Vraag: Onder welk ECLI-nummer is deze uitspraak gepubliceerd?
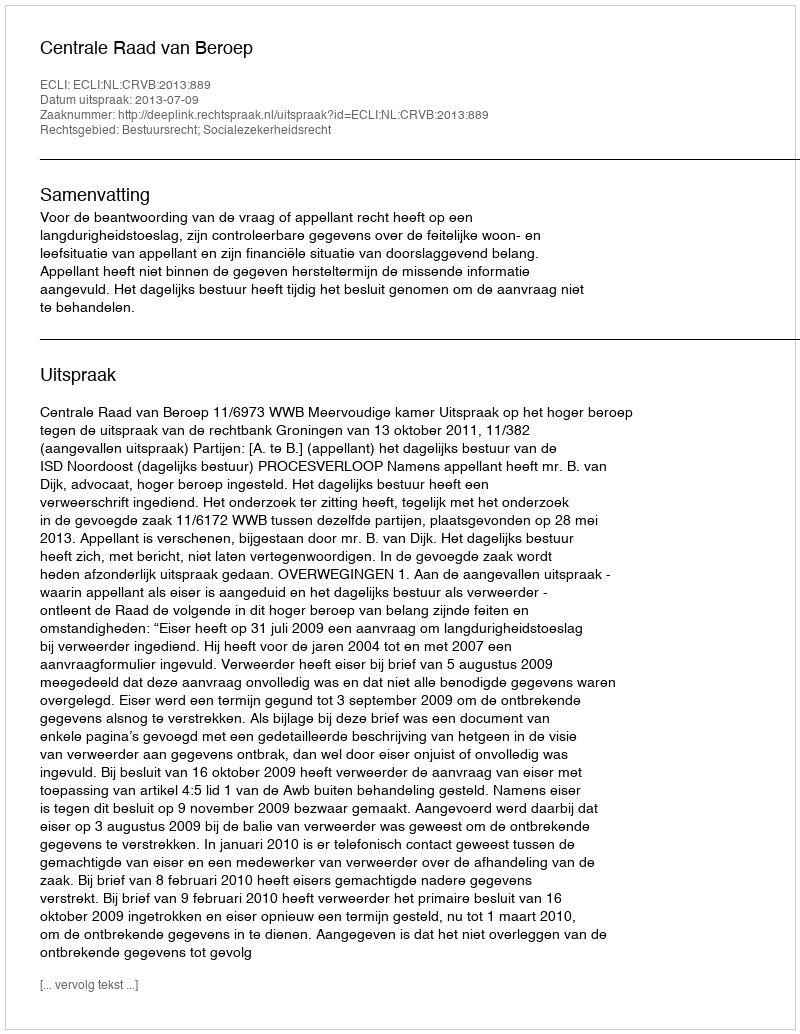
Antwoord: ECLI:NL:CRVB:2013:889